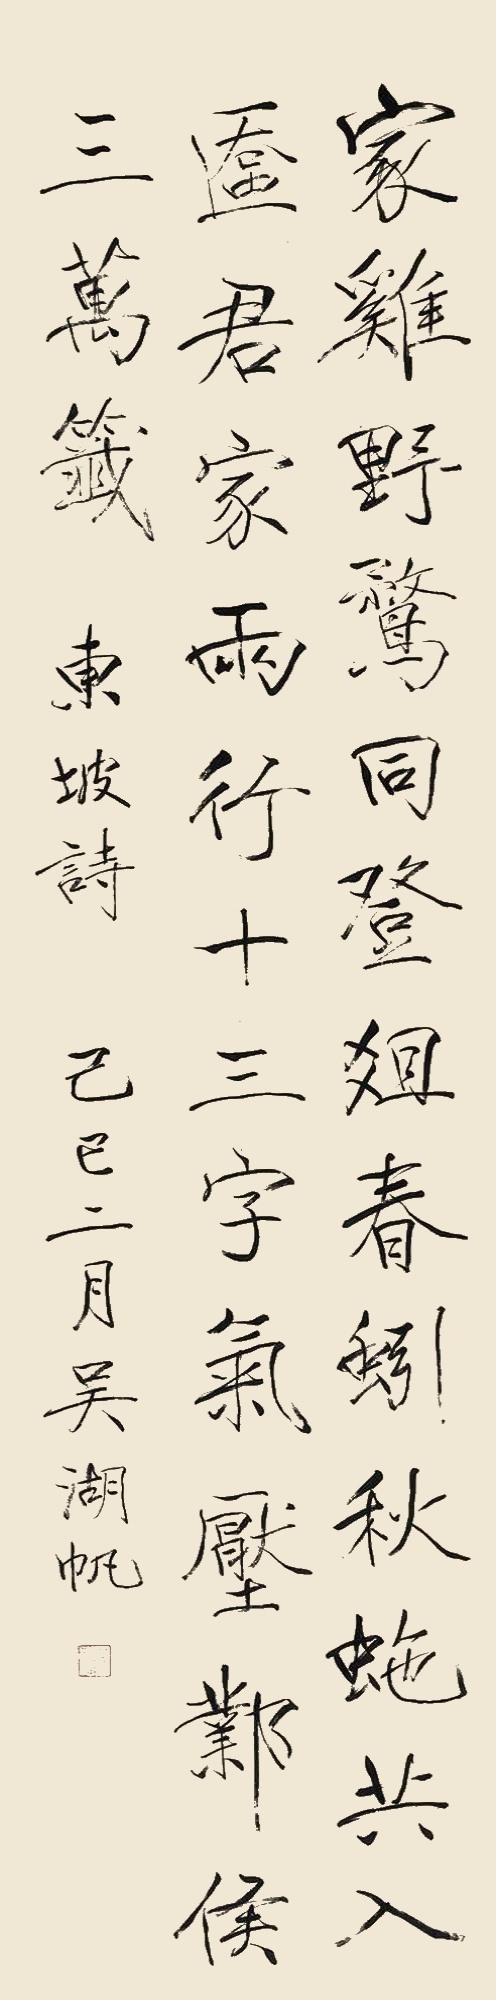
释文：家鸡野鹜同登俎，春蚓秋蛇共入奁。君家两行十三字，气压邺侯三万签。东坡诗。己巳二月，吴湖帆。